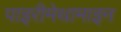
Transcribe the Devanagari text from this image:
पाइरीमेथामाइन